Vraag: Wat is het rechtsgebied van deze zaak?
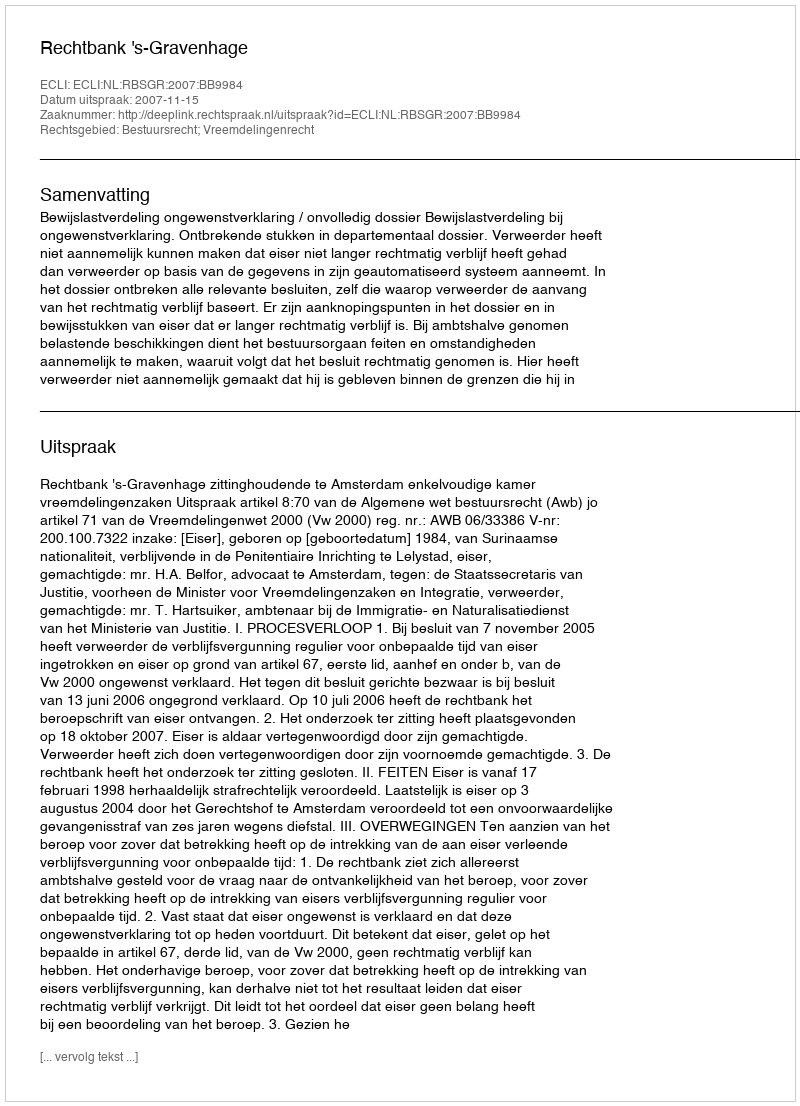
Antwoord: Bestuursrecht; Vreemdelingenrecht